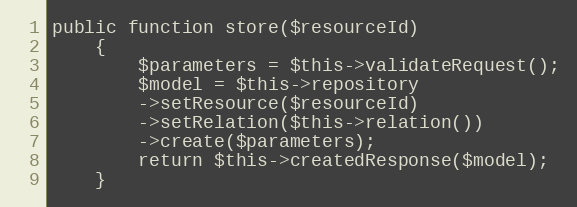
Language: PHP
public function store($resourceId)
    {
        $parameters = $this->validateRequest();
        $model = $this->repository
        ->setResource($resourceId)
        ->setRelation($this->relation())
        ->create($parameters);
        return $this->createdResponse($model);
    }